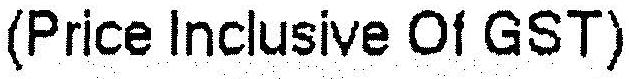
(PRICE INCLUSIVE OF GST)